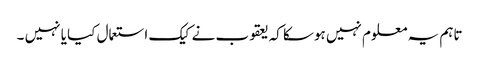
تاہم یہ معلوم نہیں ہوسکا کہ یعقوب نے کیک استعمال کیا یا نہیں ۔